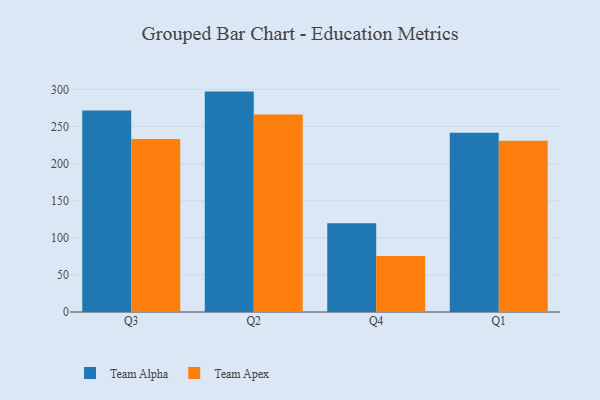
{"axis": {"x": "Quarter", "y": "Demand Index"}, "legend": ["Team Alpha", "Team Apex"], "data": [{"x": "Q3", "y": 271.5, "type": "Team Alpha"}, {"x": "Q3", "y": 233.1, "type": "Team Apex"}, {"x": "Q2", "y": 297.0, "type": "Team Alpha"}, {"x": "Q2", "y": 266.3, "type": "Team Apex"}, {"x": "Q4", "y": 119.7, "type": "Team Alpha"}, {"x": "Q4", "y": 75.5, "type": "Team Apex"}, {"x": "Q1", "y": 241.6, "type": "Team Alpha"}, {"x": "Q1", "y": 230.9, "type": "Team Apex"}]}